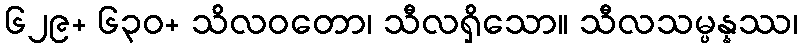
၆၂၉+ ၆၃၀+ သိလဝတော၊ သီလရှိသော။ သီလသမ္ပန္နဿ၊